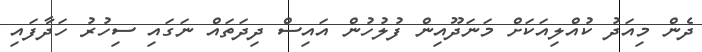
ދެން މިއަދު ކުއްލިއަކަށް މަނަދޫއިން ފުލުހުން އައިސް ދިދަތައް ނަގައި ސިހުރު ހަދާފައި